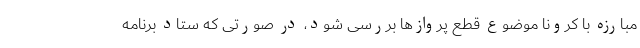
مبارزه با کرونا موضوع قطع پروازها بررسی شود، در صورتی که ستاد برنامه